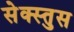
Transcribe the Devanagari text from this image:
सेक्स्तुस